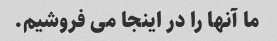
ما آنها را در اینجا می فروشیم.